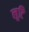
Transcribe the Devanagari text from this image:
लूटि